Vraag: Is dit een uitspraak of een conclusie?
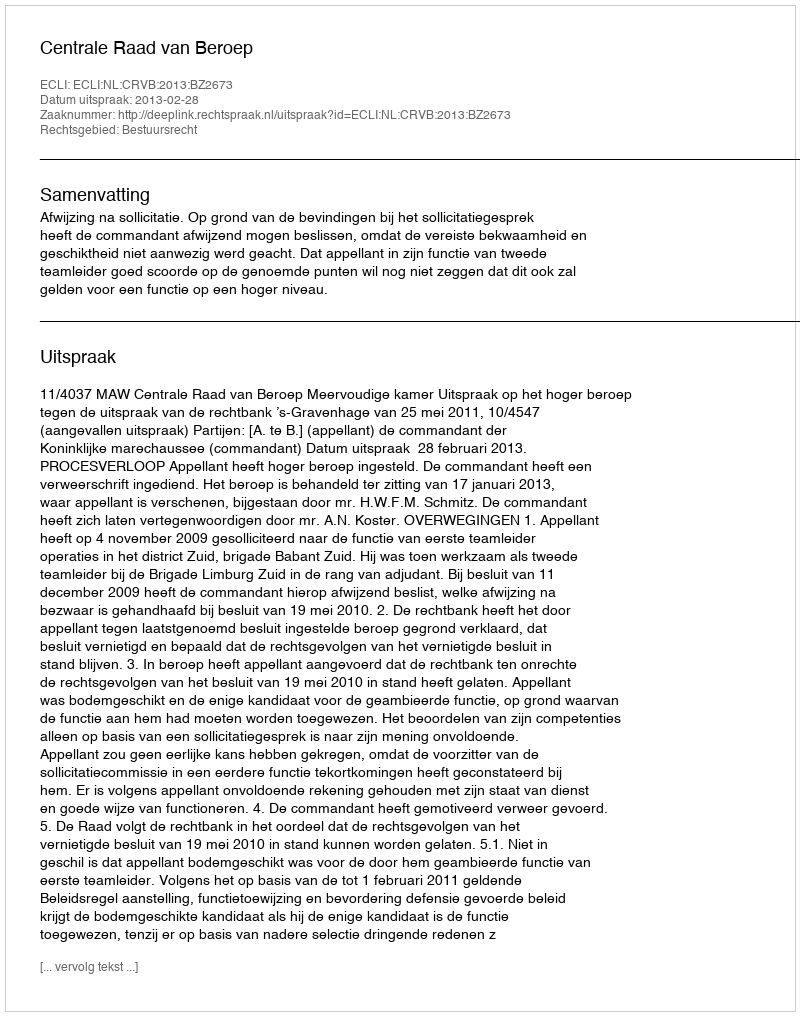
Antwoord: Uitspraak